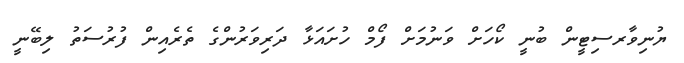
ޔުނިވާރސިޓީން ބުނީ ކޯހަށް ވަނުމަށް ފޯމް ހުށައަޅާ ދަރިވަރުންގެ ތެރެއިން ފުރުސަތު ލިބޭނީ